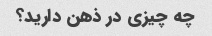
چه چیزی در ذهن دارید؟